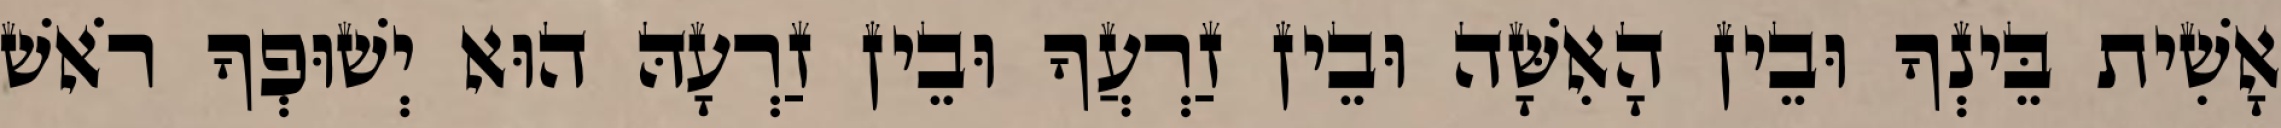
אָשִׁית בֵּינְךָ וּבֵין הָאִשָּׁה וּבֵין זַרְעֲךָ וּבֵין זַרְעָהּ הוּא יְשׁוּפְךָ רֹאשׁ